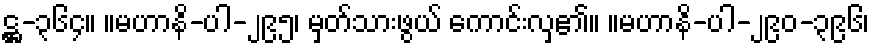
ဋ္ဌ-၃၆၄။ ။မဟာနိ-ပါ-၂၉၅၊ မှတ်သားဖွယ် ကောင်းလှ၏။ ။မဟာနိ-ပါ-၂၉၀-၃၉၆၊